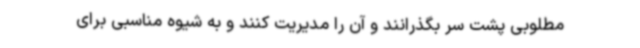
مطلوبی پشت سر بگذرانند و آن را مدیریت کنند و به شیوه مناسبی برای